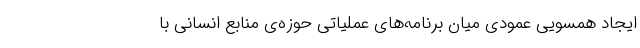
ایجاد همسویی عمودی میان برنامه‌های عملیاتی حوزه‌ی منابع انسانی با